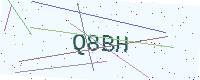
Text: Q8BH